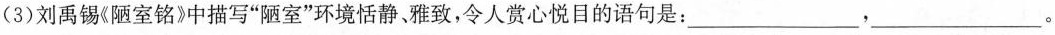
(3)刘禹锡《陋室铭》中描写”陋室”环境恬静、雅致，令人赏心悦目的语句是：___，___。